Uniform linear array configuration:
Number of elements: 32
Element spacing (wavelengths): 0.5
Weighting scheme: hamming
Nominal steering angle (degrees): -45
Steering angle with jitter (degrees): -44.038
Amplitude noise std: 0.05
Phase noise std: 0.05

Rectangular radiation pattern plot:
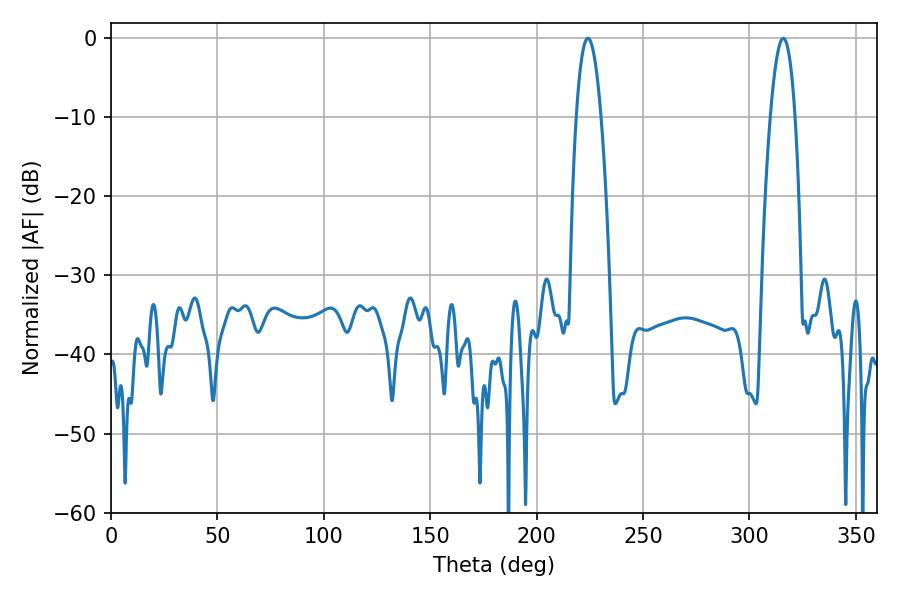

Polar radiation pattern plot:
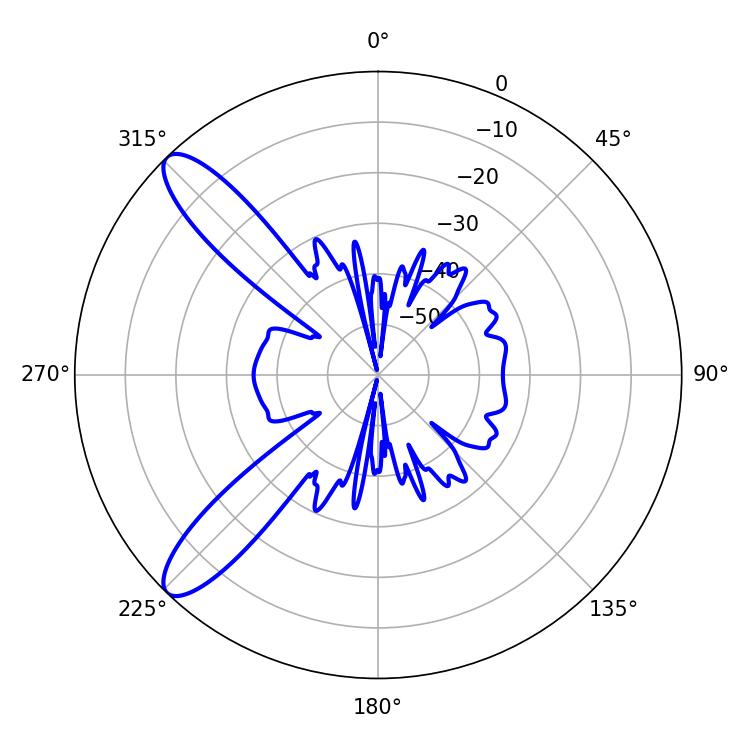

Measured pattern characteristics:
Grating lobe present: FALSE
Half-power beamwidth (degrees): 6.3
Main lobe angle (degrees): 224.1